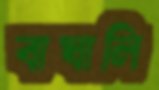
বাঘালি